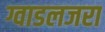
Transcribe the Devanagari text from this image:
ग्वाडलजरा